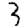
Digit: 3